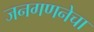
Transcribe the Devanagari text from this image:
जनगणनेचा